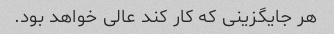
هر جایگزینی که کار کند عالی خواهد بود.